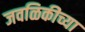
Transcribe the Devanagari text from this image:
जवळिकीच्या